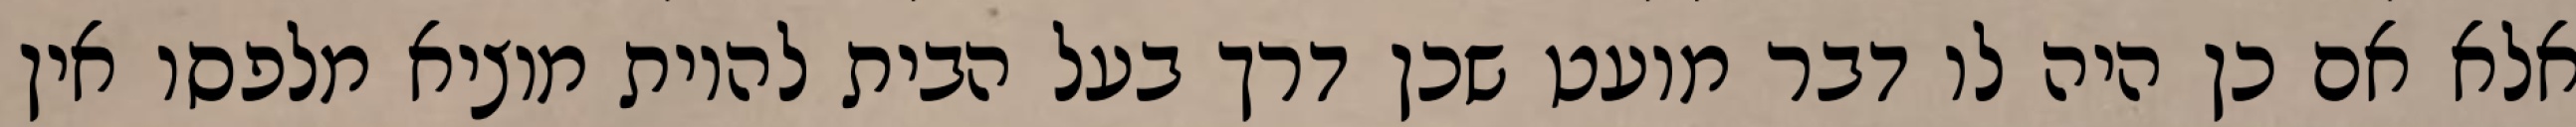
אלא אם כן היה לו דבר מועט שכן דרך בעל הבית להיות מוציא מלפסו אין